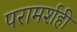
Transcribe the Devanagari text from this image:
परामर्शही